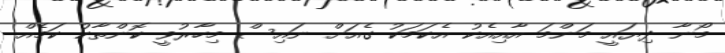
މޯނާ ދިޔައީ މަންމަ އާއިއެކު އެކަމަކު ގެއަށް ނައިސް މިހާރުވީ ކޮންތާކު ކަމެއް